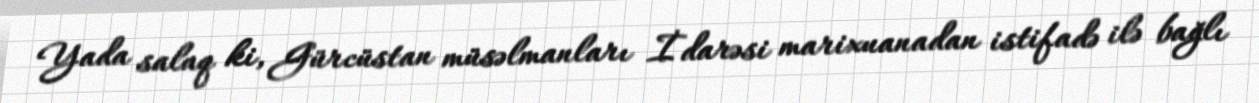
Yada salaq ki, Gürcüstan müsəlmanları İdarəsi marixuanadan istifadə ilə bağlı